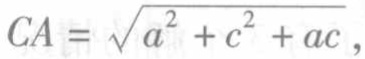
\(CA = \sqrt{a^{2} + c^{2} + ac}\)